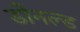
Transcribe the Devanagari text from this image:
डोनल्‍ड